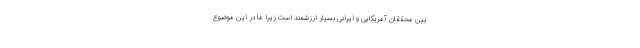
بین محققان آمریکایی و ایرانی بسیار ارزشمند است زیرا ما در این موضوع